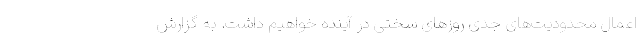
اعمال محدودیت‌های جدی روزهای سختی در آینده خواهیم داشت. به گزارش